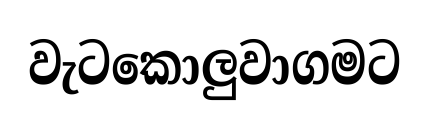
වැටකොලුවාගමට